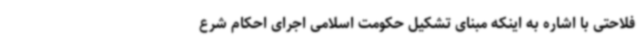
فلاحتی با اشاره به اینکه مبنای تشکیل حکومت اسلامی اجرای احکام شرع